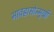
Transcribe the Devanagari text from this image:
भावह्रासोन्मुखी